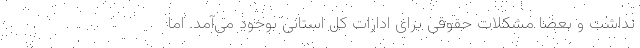
نداشت و بعضا مشکلات حقوقی برای ادارات کل استانی بوجود می‌آمد. اما